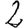
Digit: 2